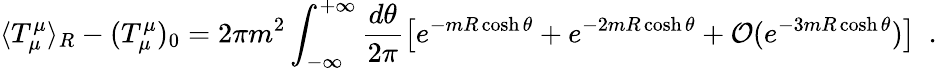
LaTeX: \langle T_{\mu}^{\mu}\rangle_{R}-(T_{\mu}^{\mu})_{0}=2\pi m^{2}\int_{-\infty}^{+\infty}\frac{d\theta}{2\pi}\left[e^{-mR\cosh\theta}+e^{-2mR\cosh\theta}+{\cal O}(e^{-3mR\cosh\theta})\right]\, \, \, .